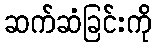
ဆက်ဆံခြင်းကို